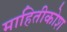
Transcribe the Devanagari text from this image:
माहितीकोश